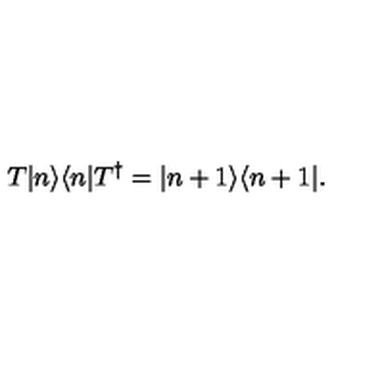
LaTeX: T | n \rangle \langle n | T ^ { \dagger } = | n + 1 \rangle \langle n + 1 | .